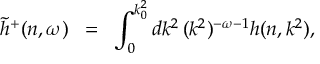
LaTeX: \tilde { h } ^ { + } ( n , \omega ) \; \; = \; \; \int _ { 0 } ^ { k _ { 0 } ^ { 2 } } d k ^ { 2 } \, ( k ^ { 2 } ) ^ { - \omega - 1 } h ( n , k ^ { 2 } ) ,